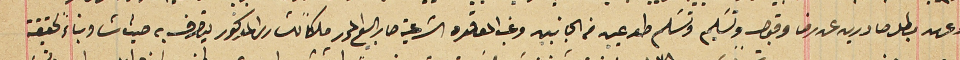
وعهد بطل صادرين عن رضا وقبول وتسَليم وتسَلم طوعيين من الجانب وغب المعاقده الشرعية صار البيع المحرر ملكاً للشارى المذكور يتصرف به حيث شا وبناءً لحقيقة